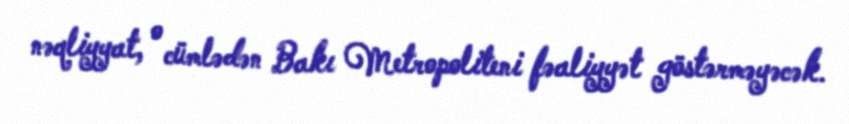
nəqliyyat, o cümlədən Bakı Metropoliteni fəaliyyət göstərməyəcək.